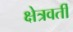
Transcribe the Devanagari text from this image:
क्षेत्रवर्ती